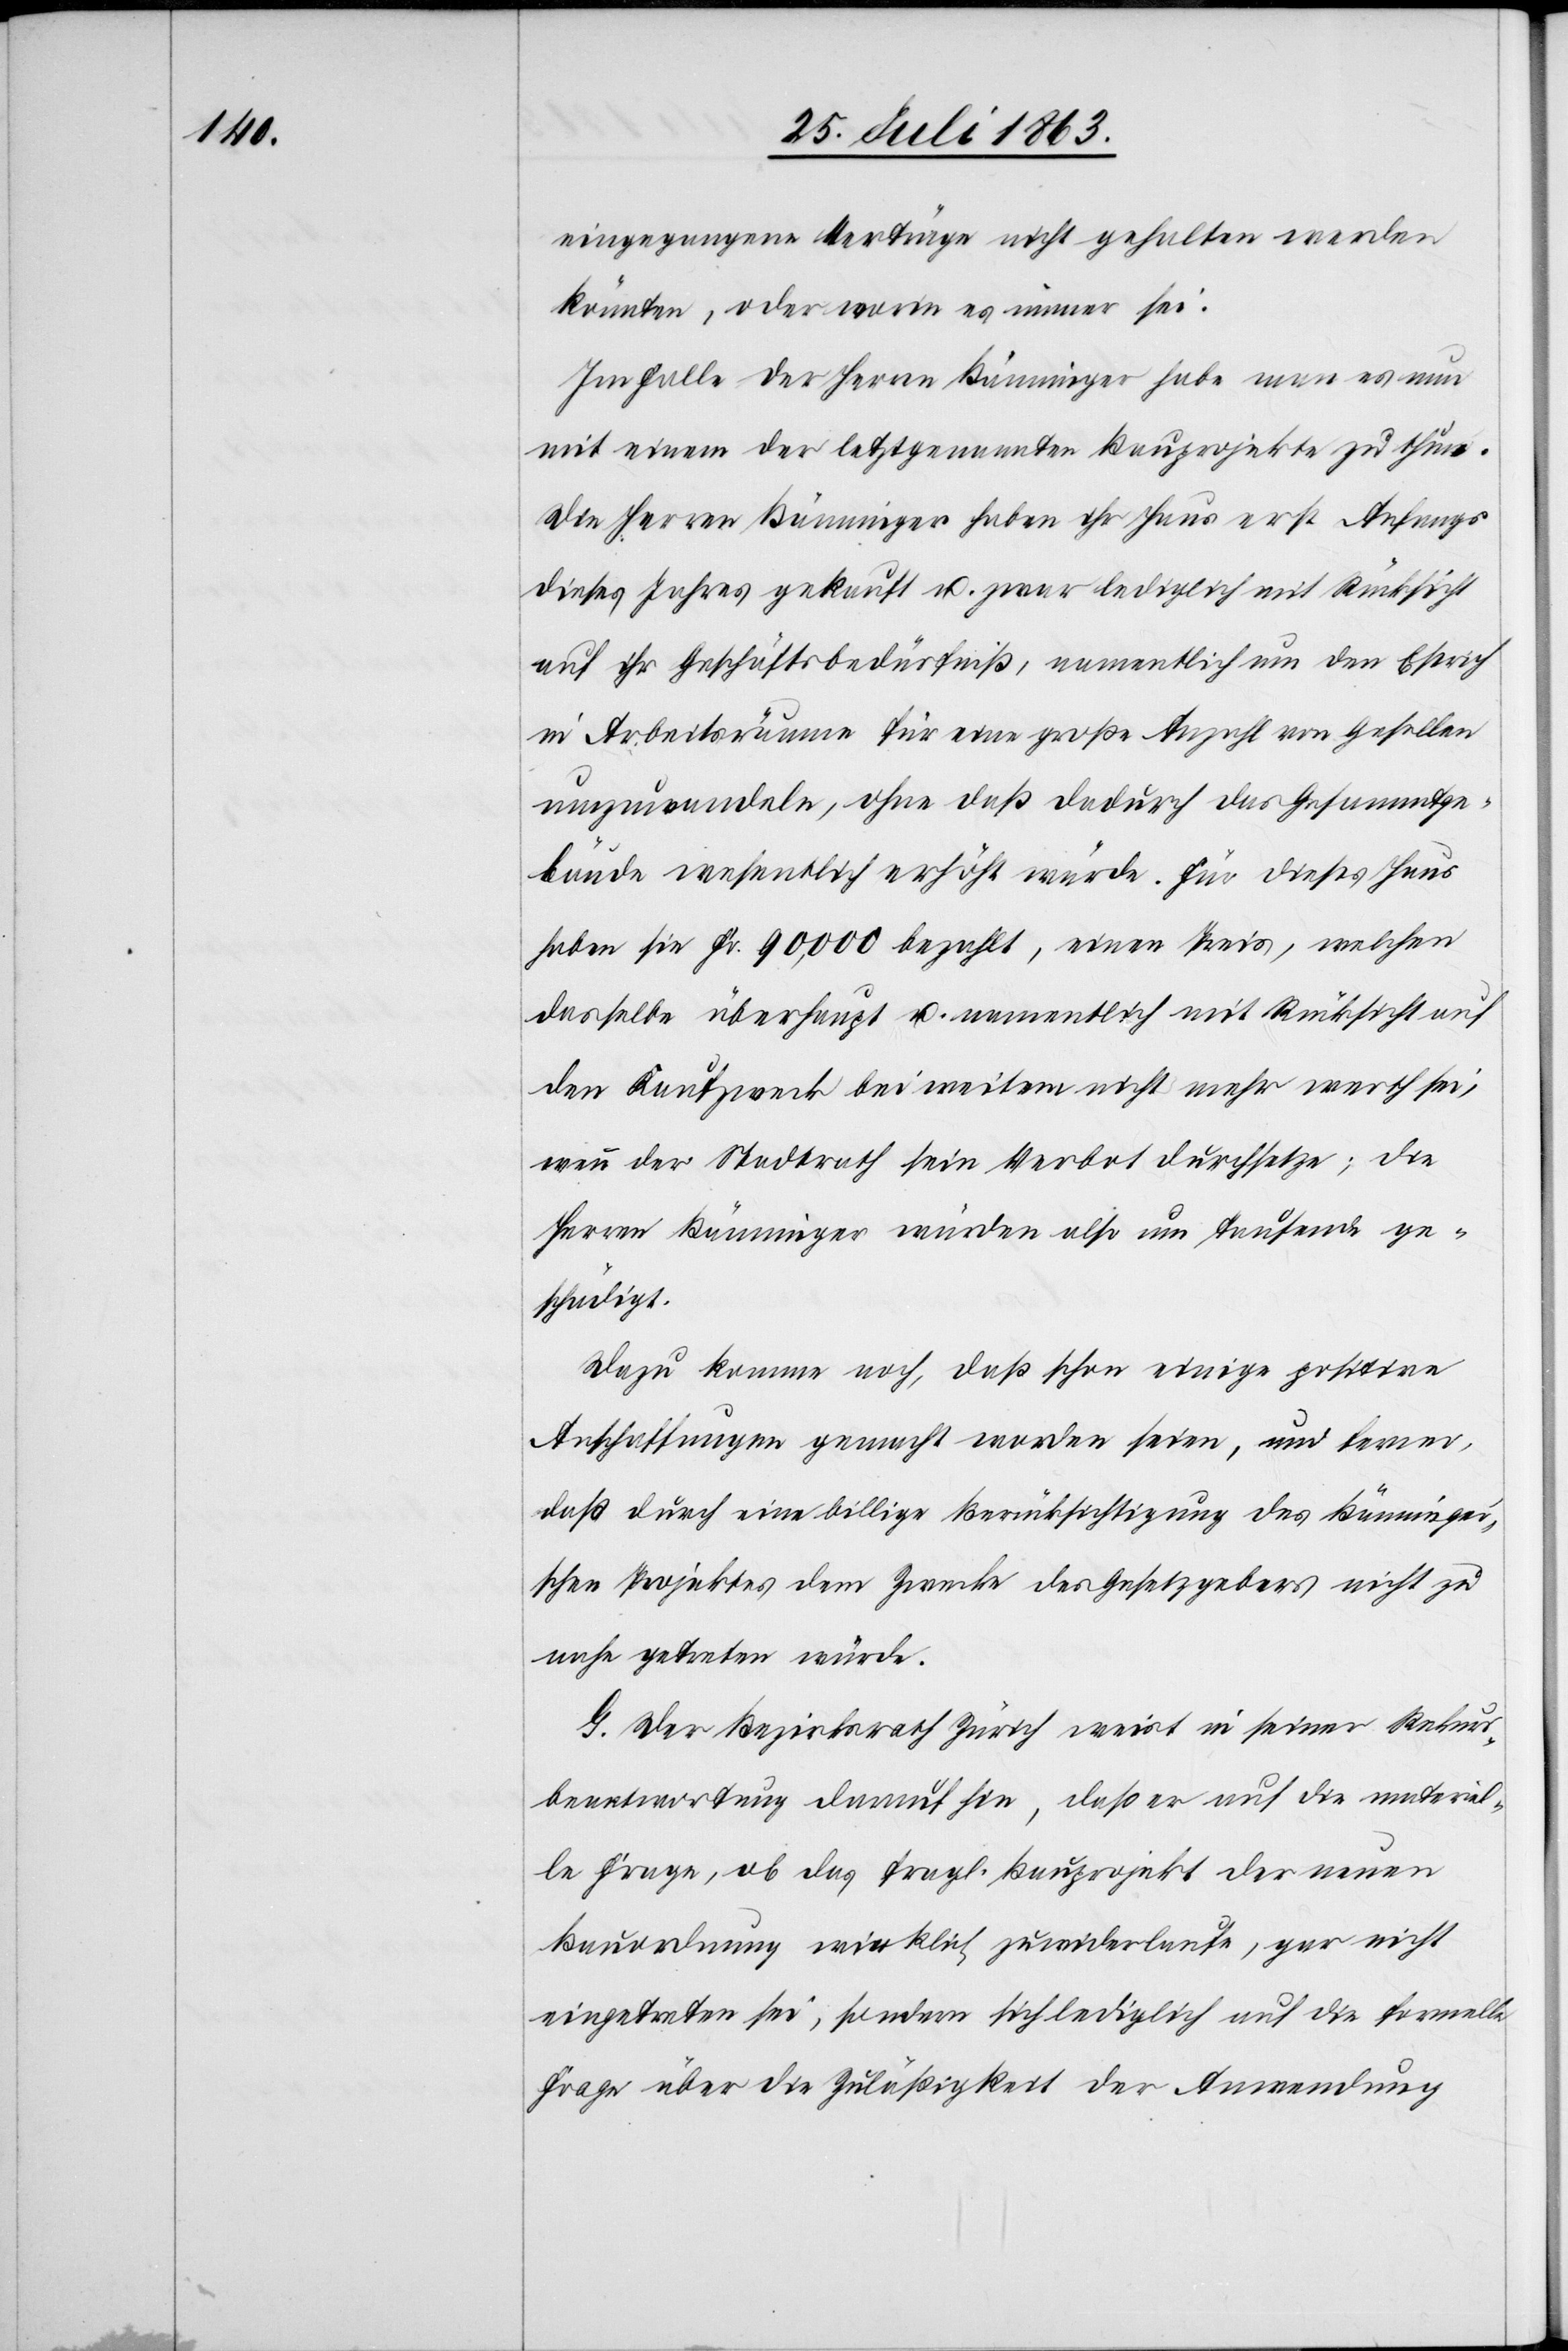
eingegangene Verträge nicht gehalten werden
könnten, oder worin es immer sei.
Im Falle der Herren Bänninger habe man es nun
mit einem der letztgenannten Bauprojekte zu thun.
Die Herren Bänninger haben ihr Haus erst Anfangs
dieses Jahres gekauft u. zwar lediglich mit Rücksicht
auf ihr Geschäftsbedürfniß, namentlich um den Estrich
in Arbeitsräume für eine große Anzahl von Gesellen
umzuwandeln, ohne das dadurch das Gesammtge¬
bäude wesentlich erhöht würde. Für dieses Haus
haben sie Fr. 90,000 bezahlt, einen Preis, welchen
dasselbe überhaupt u. namentlich mit Rücksicht auf
den Kaufzweck bei weitem nicht mehr werth sei,
wenn der Stadtrath sein Verbot durchsetze; die
Herren Bänninger würden also um Tausende ge¬
schädigt.
Dazu komme noch, daß schon einige positive
Anschaffungen gemacht worden seien, und ferner,
daß durch eine billige Berücksichtigung des Bänninge¬
r'schen Projektes dem Zwecke des Gesetzgebers nicht zu
nahe getreten würde.
G. Der Bezirksrath Zürich weist in seiner Rekurs¬
beantwortung darauf hin, das er auf die materiel¬
le Frage, ob das fragl. Bauprojekt der neuen
Bauordnung wirklich zuwiderlaufe, gar nicht
eingetreten sei, sondern sich lediglich auf die formelle
Frage über die Zuläßigkeit der Anwendung